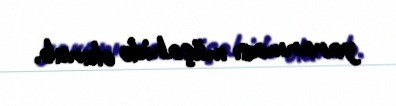
yaranması müşahidə olunub.